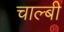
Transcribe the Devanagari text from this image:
चाल्बी